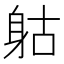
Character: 𨈰